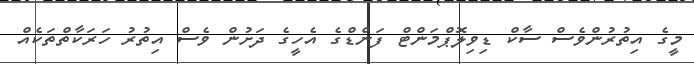
މީގެ އިތުރުންވެސް ސާކް ޑިވިލޮޕްމަންޓް ފަންޑްގެ އެހީގެ ދަށުން ވެސް އިތުރު ހަރަކާތްތަކެއް